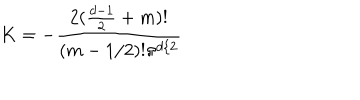
K = - \frac { 2 ( \frac { d - 1 } { 2 } + m ) ! } { ( m - 1 / 2 ) ! \pi ^ { d / 2 } }